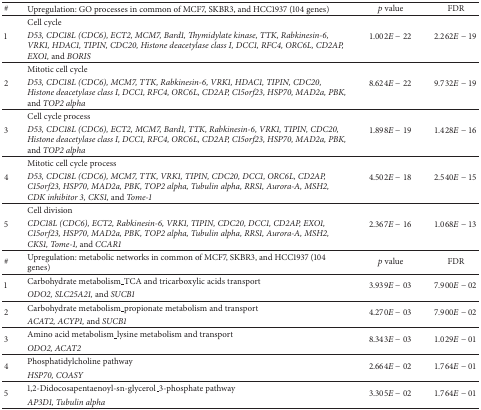
<table><thead><tr><td><b>#</b></td><td><b>Upregulation: GO processes in common of MCF7, SKBR3, and HCC1937 (104 genes)</b></td><td><b><i>p</i> value</b></td><td><b>FDR</b></td></tr></thead><tbody><tr><td rowspan="2">1</td><td>Cell cycle</td><td rowspan="2">1.002<i>E</i> − 22</td><td rowspan="2">2.262<i>E</i> − 19</td></tr><tr><td><i>D53, CDC18L (CDC6), ECT2, MCM7, Bard1, Thymidylate kinase, TTK, Rabkinesin-6, VRK1, HDAC1, TIPIN, CDC20, Histone deacetylase class I, DCC1, RFC4, ORC6L, CD2AP, EXO1, </i>and <i>BORIS </i></td></tr><tr><td rowspan="2">2</td><td>Mitotic cell cycle</td><td rowspan="2">8.624<i>E</i> − 22</td><td rowspan="2">9.732<i>E</i> − 19</td></tr><tr><td><i>D53, CDC18L (CDC6), MCM7, TTK, Rabkinesin-6, VRK1, HDAC1, TIPIN, CDC20, Histone deacetylase class I, DCC1, RFC4, ORC6L, CD2AP, C15orf23, HSP70, MAD2a, PBK, </i>and <i>TOP2 alpha </i></td></tr><tr><td rowspan="2">3</td><td>Cell cycle process</td><td rowspan="2">1.898<i>E</i> − 19</td><td rowspan="2">1.428<i>E</i> − 16</td></tr><tr><td><i>D53, CDC18L (CDC6), ECT2, MCM7, Bard1, TTK, Rabkinesin-6, VRK1, TIPIN, CDC20, Histone deacetylase class I, DCC1, RFC4, ORC6L, CD2AP, C15orf23, HSP70, MAD2a, PBK, </i>and <i>TOP2 alpha </i></td></tr><tr><td rowspan="2">4</td><td>Mitotic cell cycle process</td><td rowspan="2">4.502<i>E</i> − 18</td><td rowspan="2">2.540<i>E</i> − 15</td></tr><tr><td><i>D53, CDC18L (CDC6), MCM7, TTK, VRK1, TIPIN, CDC20, DCC1, ORC6L, CD2AP, C15orf23, HSP70, MAD2a, PBK, TOP2 alpha, Tubulin alpha, RRS1, Aurora-A, MSH2, CDK inhibitor 3, CKS1, </i>and <i>Tome-1 </i></td></tr><tr><td rowspan="2">5</td><td>Cell division</td><td rowspan="2">2.367<i>E</i> − 16</td><td rowspan="2">1.068<i>E</i> − 13</td></tr><tr><td><i>CDC18L (CDC6), ECT2, Rabkinesin-6, VRK1, TIPIN, CDC20, DCC1, CD2AP, EXO1, C15orf23, HSP70, MAD2a, PBK, TOP2 alpha, Tubulin alpha, RRS1, Aurora-A, MSH2, CKS1, Tome-1, </i>and <i>CCAR1 </i></td></tr><tr><td>#</td><td>Upregulation: metabolic networks in common of MCF7, SKBR3, and HCC1937 (104 genes)</td><td><i>p</i> value</td><td>FDR</td></tr><tr><td rowspan="2">1</td><td>Carbohydrate metabolism_TCA and tricarboxylic acids transport</td><td rowspan="2">3.939<i>E</i> − 03</td><td rowspan="2">7.900<i>E</i> − 02</td></tr><tr><td><i>ODO2, SLC25A21, </i>and <i>SUCB1</i></td></tr><tr><td rowspan="2">2</td><td>Carbohydrate metabolism_propionate metabolism and transport</td><td rowspan="2">4.270<i>E</i> − 03</td><td rowspan="2">7.900<i>E</i> − 02</td></tr><tr><td><i>ACAT2, ACYP1, </i>and <i>SUCB1</i></td></tr><tr><td rowspan="2">3</td><td>Amino acid metabolism_lysine metabolism and transport</td><td rowspan="2">8.343<i>E</i> − 03</td><td rowspan="2">1.029<i>E</i> − 01</td></tr><tr><td><i>ODO2, ACAT2 </i></td></tr><tr><td rowspan="2">4</td><td>Phosphatidylcholine pathway</td><td rowspan="2">2.664<i>E</i> − 02</td><td rowspan="2">1.764<i>E</i> − 01</td></tr><tr><td><i>HSP70, COASY </i></td></tr><tr><td rowspan="2">5</td><td>1,2-Didocosapentaenoyl-sn-glycerol_3-phosphate pathway</td><td rowspan="2">3.305<i>E</i> − 02</td><td rowspan="2">1.764<i>E</i> − 01</td></tr><tr><td><i>AP3D1, Tubulin alpha </i></td></tr></tbody></table>